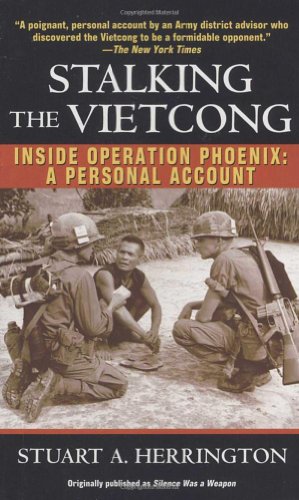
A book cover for Stalking the Vietcong: Inside Operation Phoenix: A Personal Account; Stuart Herrington; History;